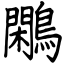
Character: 鷴